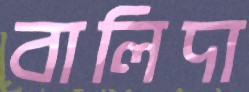
বালিদা